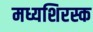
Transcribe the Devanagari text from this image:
मध्यशिरस्क